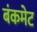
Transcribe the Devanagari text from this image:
बंकमेट